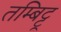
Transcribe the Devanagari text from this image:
तम्बिट्टू